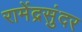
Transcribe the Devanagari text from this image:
रामेंद्रसुंदर